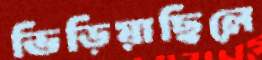
ভিড়িয়াছিলে